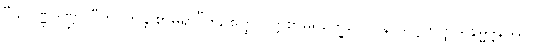
“သုဝဏ္ဏဒဏ္ဍာ ဝီတိပတန္တိ စာမရာ”တိ, ဧတ္ထ ဝုတ္တစာမရုက္ခေပေါ ပန သဗ္ဗတိတ္ထိယနိမ္မဒ္ဒနဿ။